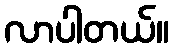
လာပါတယ်။